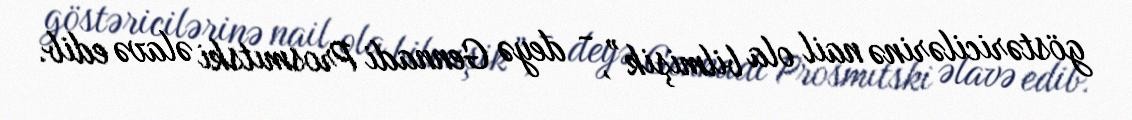
göstəricilərinə nail ola bilmişik”, - deyə Gennadi Prosmıtski əlavə edib.